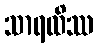
သာရထိဿ